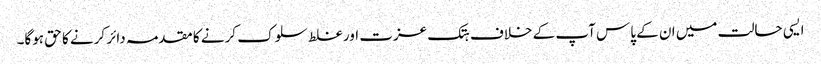
ایسی حالت میں ان کے پاس آپ کے خلاف ہتک عزت اور غلط سلوک کرنے کا مقدمہ دائر کرنے کا حق ہوگا۔